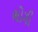
ભોગી